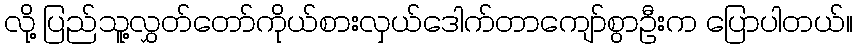
လို့ ပြည်သူ့လွှတ်တော်ကိုယ်စားလှယ်ဒေါက်တာကျော်စွာဦးက ပြောပါတယ်။